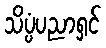
သိပ္ပံပညာရှင်